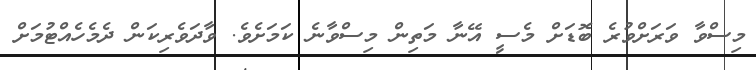
މިސްވާ ވަރަށްވުރެ ބޮޑަށް މެސީ އޭނާ މަތިން މިސްވާނެ ކަމަށެވެ. ވާދަވެރިކަން ދެމެހެއްޓުމަށް